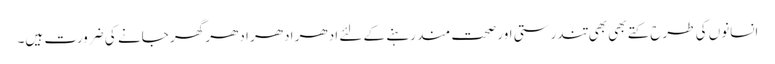
انسانوں کی طرح کتے بھی بھی تندرستی اور صحت مند رہنے کے لئے ادھر ادھر ادھر گھر جانے کی ضرورت ہیں۔